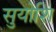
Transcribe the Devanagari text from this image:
सुयोशि